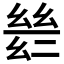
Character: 𫷡